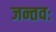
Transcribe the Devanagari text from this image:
जन्तवः